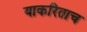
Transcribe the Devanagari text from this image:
याकरिताच